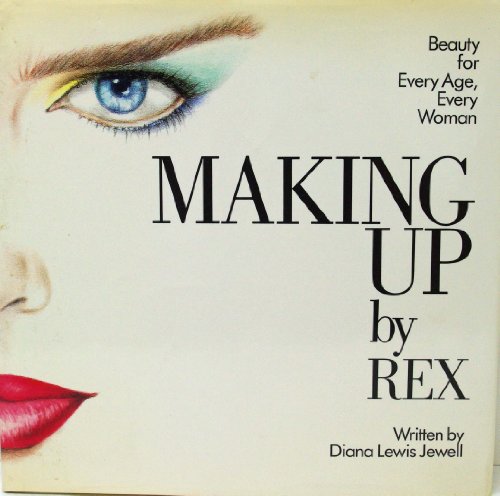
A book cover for Making Up; Rex Hilverdink; Health, Fitness & Dieting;